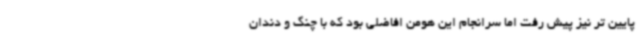
پایین تر نیز پیش رفت اما سرانجام این هومن افاضلی بود که با چنگ و دندان